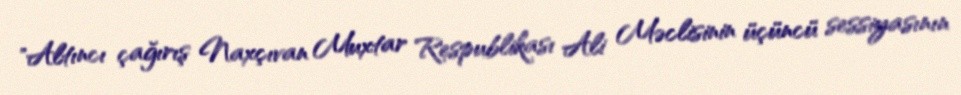
"Altıncı çağırış Naxçıvan Muxtar Respublikası Ali Məclisinin üçüncü sessiyasının